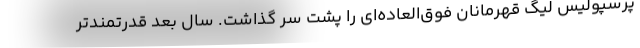
پرسپولیس لیگ قهرمانان فوق‌العاده‌ای را پشت سر گذاشت. سال بعد قدرتمندتر